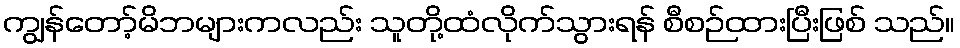
ကျွန်တော့်မိဘများကလည်း သူတို့ထံလိုက်သွားရန် စီစဉ်ထားပြီးဖြစ် သည်။